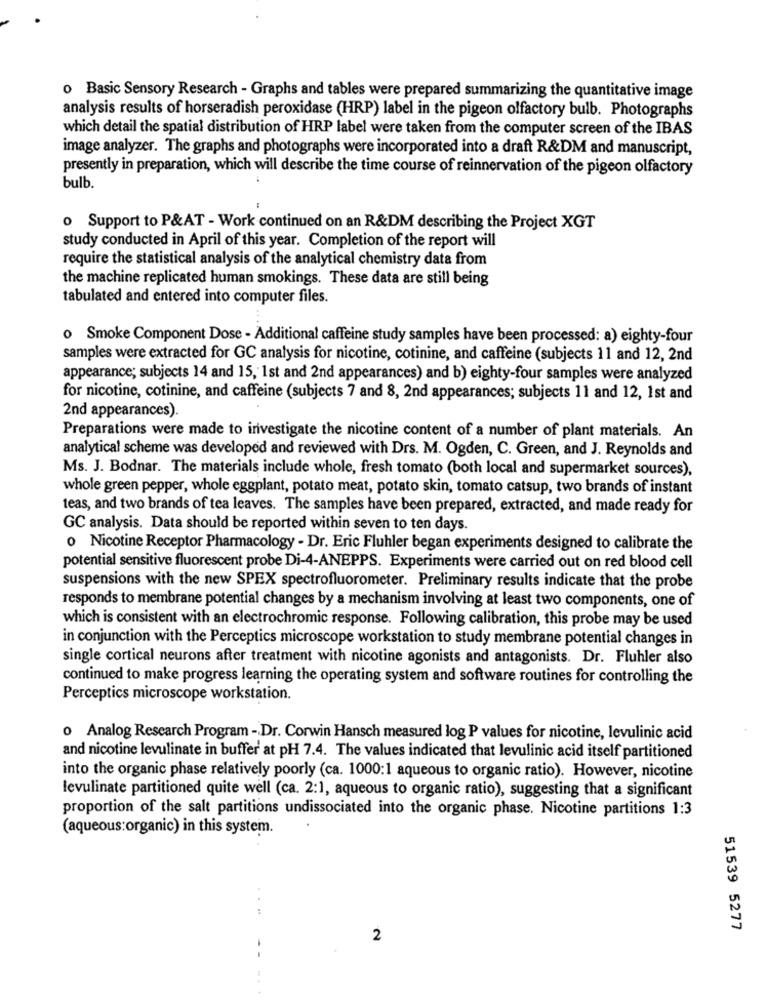
o Basic Sensory Research - Graphs and tables were prepared summarizing the quantitative image
analysis results of horseradish peroxidase (HRP) label in the pigeon olfactory bulb. Photographs
which detail the spatial distribution of HRP label were taken from the computer screen of the IBAS
image analyzer. The graphs and photographs were incorporated into a draft R&DM and manuscript,
presently in preparation, which will describe the time course of reinnervation of the pigeon olfactory
bulb.
o Support to P&AT - Work continued on an R&DM describing the Project XGT
study conducted in April of this year. Completion of the report will
require the statistical analysis of the analytical chemistry data from
the machine replicated human smokings. These data are still being
tabulated and entered into computer files.
o Smoke Component Dose - Additional caffeine study samples have been processed: a) eighty-four
samples were extracted for GC analysis for nicotine, cotinine, and caffeine (subjects 11 and 12, 2nd
appearance; subjects 14 and 15, 1st and 2nd appearances) and b) eighty-four samples were analyzed
for nicotine, cotinine, and caffeine (subjects 7 and 8, 2nd appearances; subjects 11 and 12, 1st and
2nd appearances).
Preparations were made to investigate the nicotine content of a number of plant materials. An
analytical scheme was developed and reviewed with Drs. M. Ogden, C. Green, and J. Reynolds and
Ms. J. Bodnar. The materials include whole, fresh tomato (both local and supermarket sources),
whole green pepper, whole eggplant, potato meat, potato skin, tomato catsup, two brands of instant
teas, and two brands of tea leaves. The samples have been prepared, extracted, and made ready for
GC analysis. Data should be reported within seven to ten days.
o Nicotine Receptor Pharmacology - Dr. Eric Fluhler began experiments designed to calibrate the
potential sensitive fluorescent probe Di-4-ANEPPS. Experiments were carried out on red blood cell
suspensions with the new SPEX spectrofluorometer. Preliminary results indicate that the probe
responds to membrane potential changes by a mechanism involving at least two components, one of
which is consistent with an electrochromic response. Following calibration, this probe may be used
in conjunction with the Perceptics microscope workstation to study membrane potential changes in
single cortical neurons after treatment with nicotine agonists and antagonists. Dr. Fluhler also
continued to make progress learning the operating system and software routines for controlling the
Perceptics microscope workstation.
o Analog Research Program -Dr. Corwin Hansch measured log P values for nicotine, levulinic acid
and nicotine levulinate in buffer at pH 7.4. The values indicated that levulinic acid itself partitioned
into the organic phase relatively poorly (ca. 1000:1 aqueous to organic ratio). However, nicotine
levulinate partitioned quite well (ca. 2:1, aqueous to organic ratio), suggesting that a significant
proportion of the salt partitions undissociated into the organic phase. Nicotine partitions 1:3
(aqueous:organic) in this system.
51539 5277
2